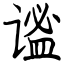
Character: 谧